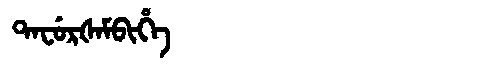
Manchu: ᡨᠠᠸᡠᡵᡧᠠᠮᠪᡳᡥᡝ
Romanization: TAFURŠAMBIHE